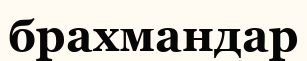
брахмандар